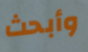
وأبحث